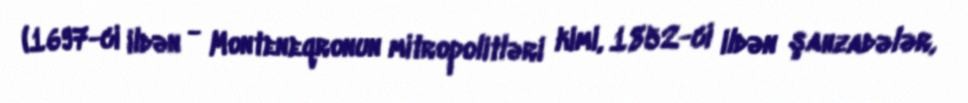
(1697-ci ildən - Monteneqronun mitropolitləri kimi, 1852-ci ildən şahzadələr,